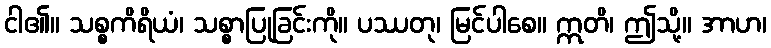
ငါ၏။ သစ္စကိရိယံ၊ သစ္စာပြုခြင်းကို။ ပဿတု၊ မြင်ပါစေ။ ဣတိ၊ ဤသို့။ အာဟ၊